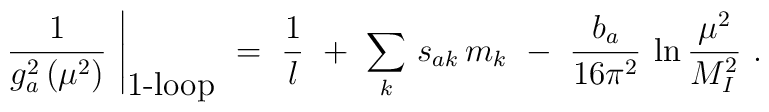
\left. \frac{1}{g^2_a\, (\mu^2)}\ \right|_{\mbox{1-loop}}\ =\ \frac{1}{l}\  +\ \sum_k\, s_{ak}\, m_k\ -\ \frac{b_a}{16 \pi^2}\:  \ln \frac{\mu^2}{M^2_I}\ .